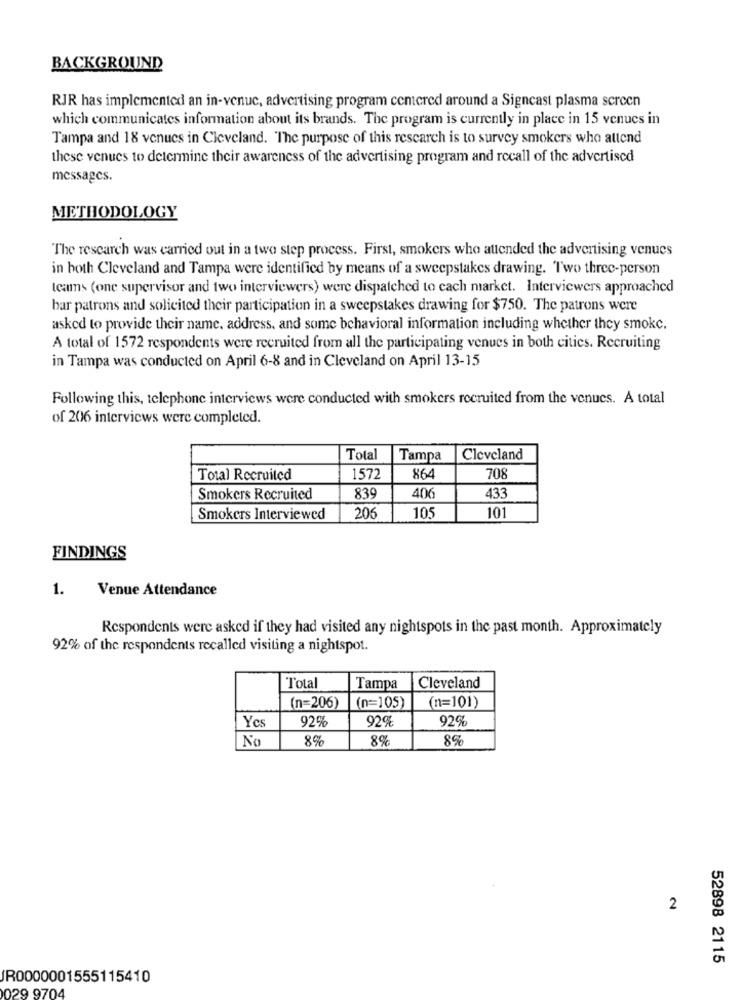
BACKGROUND
RJR has implemented an in-venue, advertising program centered around a Signcast plasma screen
which communicates information about its brands. The program is currently in place in 15 venues in
Tampa and 18 venues in Cleveland. The purpose of this research is to survey smokers who attend
these venues to determine their awareness of the advertising program and recall of the advertised
messages.
METHODOLOGY
The research was carried out in a two step process. First, smokers who attended the advertising venues
in both Cleveland and Tampa were identified by means of a sweepstakes drawing. Two three-person
teams (one supervisor and two interviewers) were dispatched to cach market. Interviewers approached
bar patrons and solicited their participation in a sweepstakes drawing for $750. The patrons were
asked to provide their name, address, and some behavioral information including whether they smoke.
A total of 1572 respondents were recruited from all the participating venues in both cities. Recruiting
in Tampa was conducted on April 6-8 and in Cleveland on April 13-15
Following this, telephone interviews were conducted with smokers recruited from the venues. A total
of 206 interviews were completed.
Total
Tampa
Cleveland
Total Recruited
1572
864
708
Smokers Recruited
839
406
433
Smokers Interviewed
206
105
101
FINDINGS
1.
Venue Attendance
Respondents were asked if they had visited any nightspots in the past month. Approximately
92% of the respondents recalled visiting a nightspot.
Total
Tampa
Cleveland
(n=206)
(n=105)
(n=101)
Yes
92%
92%
92%
No
8%
8%
89
2
52898 2115
JR0000001555115410
029 9704